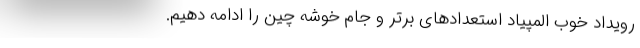
رویداد خوب المپیاد استعدادهای برتر و جام خوشه چین را ادامه دهیم.